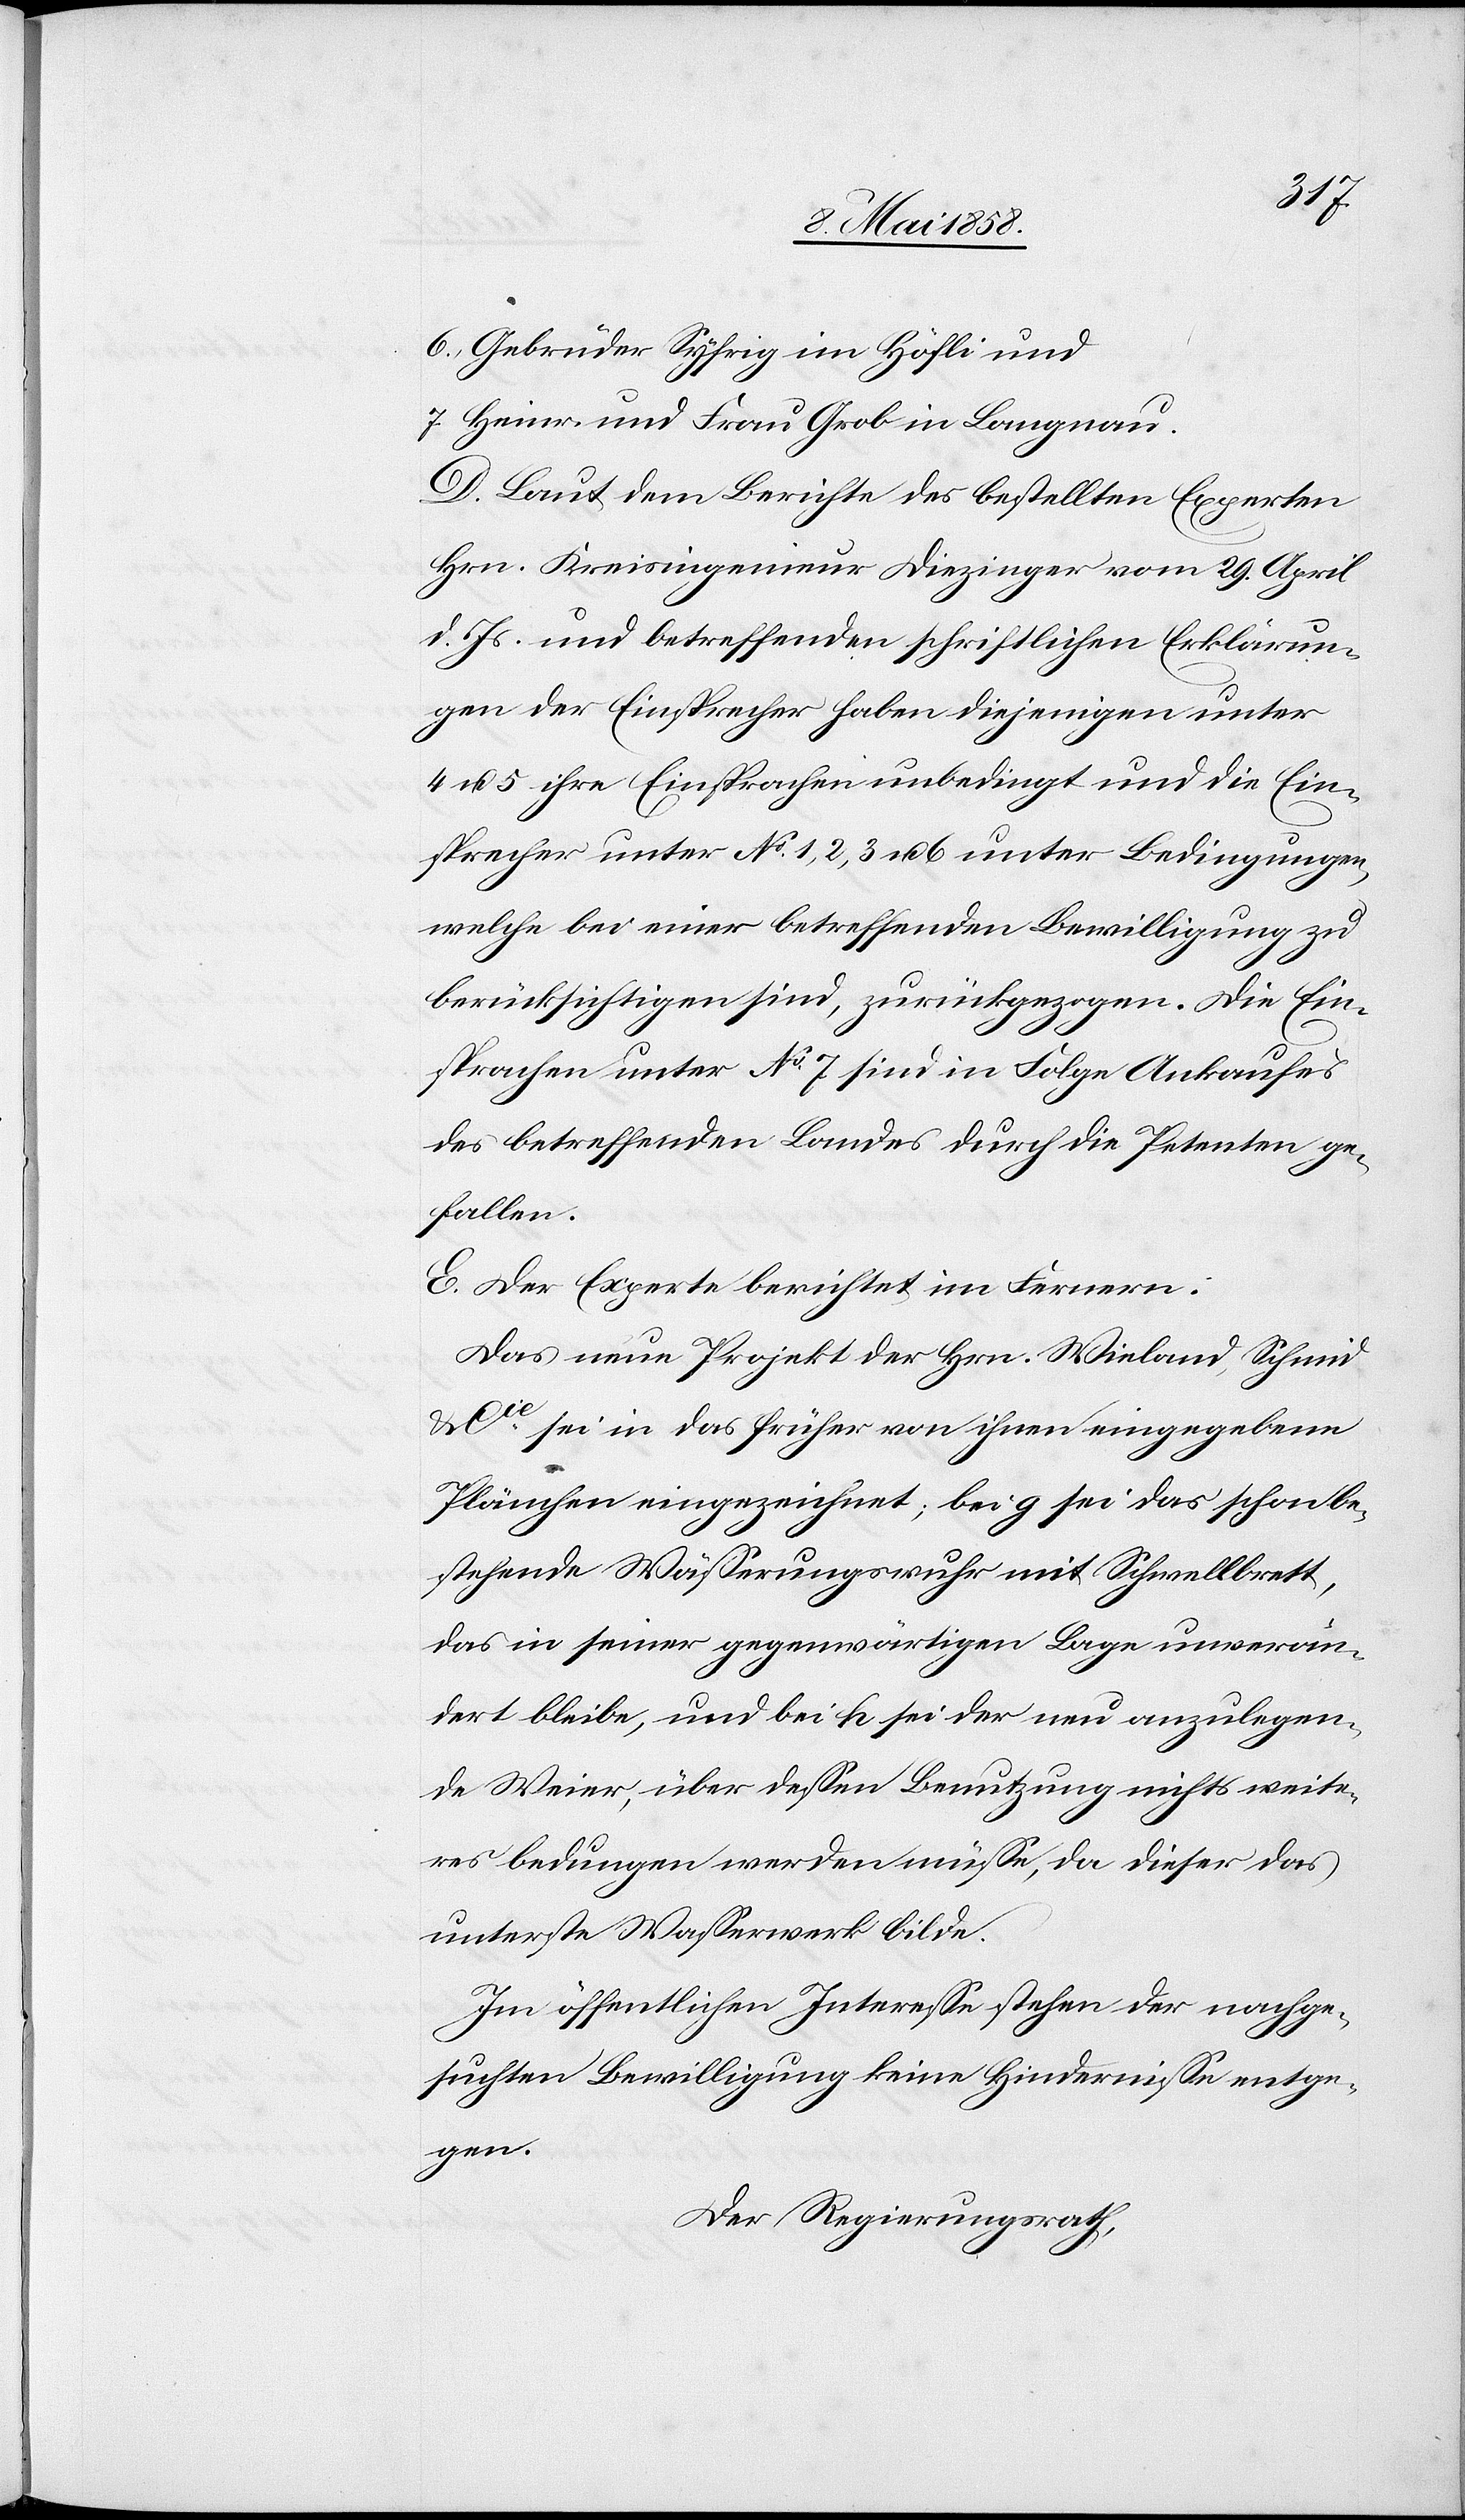
6.) Gebrüder Syfrig im Höfli und
7.) Heinr. und Frau Grob in Langnau.
D. Laut dem Berichte des bestellten Experten
Hrn. Kreisingenieur Diezinger vom 29. April
d. Js. und betreffenden schriftlichen Erklärun¬
gen der Einsprecher haben diejenigen unter
4 u. 5 ihre Einsprachen unbedingt und die Ein¬
sprecher unter No 1, 2, 3 u. 6 unter Bedingungen,
welche bei einer betreffenden Bewilligung zu
berücksichtigen sind, zurückgezogen. Die Ein¬
sprachen unter No 7 sind in Folge Ankaufes
des betreffenden Landes durch die Petenten ge¬
fallen.
E. Der Experte berichtet im Fernern:
Das neue Projekt der Hrn. Wieland, Schmid
Cie sei in das früher von ihnen eingegebene
Plänchen eingezeichnet; bei g sei das schon be¬
stehende Wässerungswuhr mit Schwellbrett,
das in seiner gegenwärtigen Lage unverän¬
dert bleibe, und bei h sei der neu anzulegen¬
de Weier, über dessen Benutzung nichts weite¬
res bedungen werden müsse, da dieser das
unterste Wasserwerk bilde.
Im öffentlichen Interesse stehen der nachge¬
suchten Bewilligung keine Hindernisse entge¬
gen.
Der Regierungsrath,